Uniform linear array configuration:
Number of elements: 8
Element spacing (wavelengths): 0.75
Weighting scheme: hamming
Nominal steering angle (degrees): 45
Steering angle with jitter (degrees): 46.352
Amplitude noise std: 0.05
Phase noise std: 0.05

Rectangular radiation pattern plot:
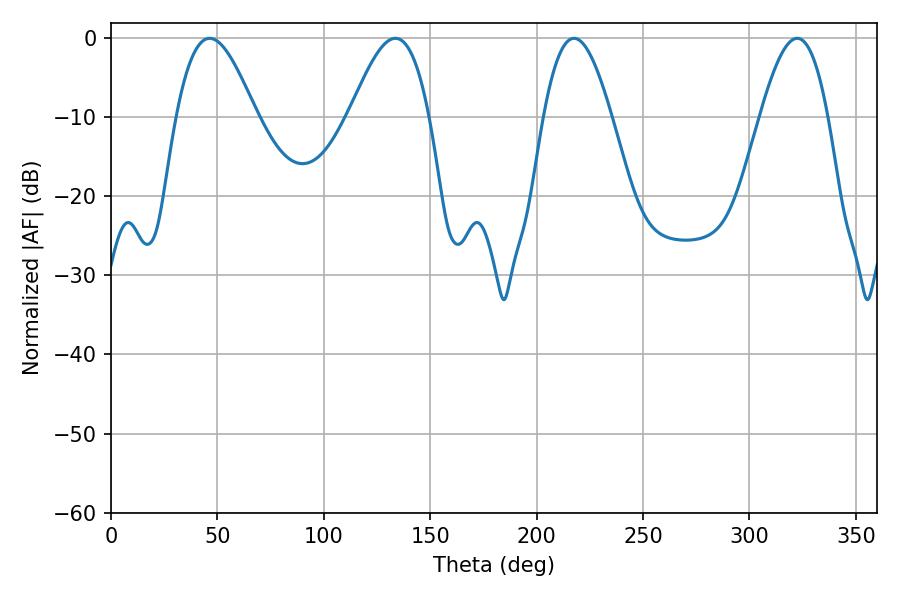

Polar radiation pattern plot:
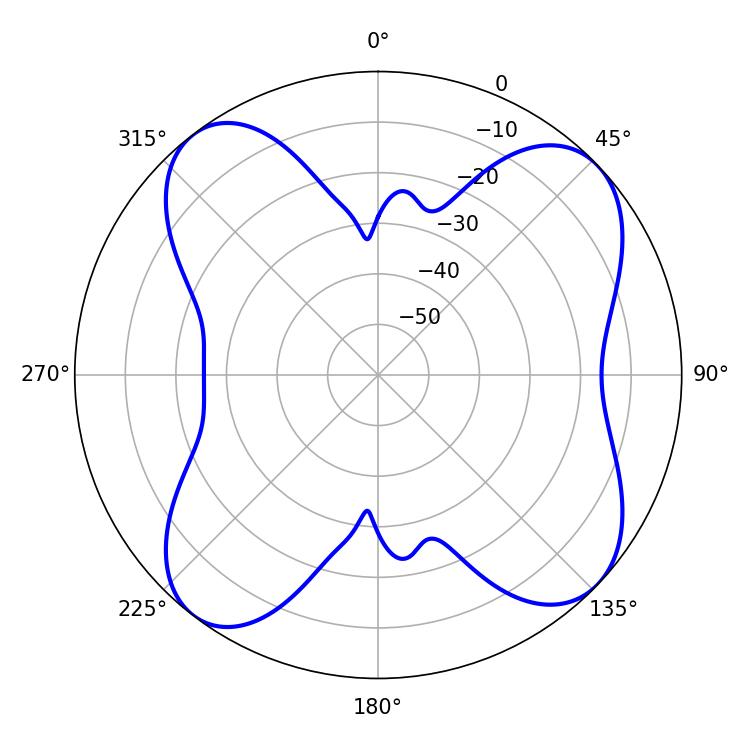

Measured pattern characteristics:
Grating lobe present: TRUE
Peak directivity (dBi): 10.509
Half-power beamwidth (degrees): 17.46
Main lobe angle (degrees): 217.62